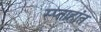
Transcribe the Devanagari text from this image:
स्प्ताहांत